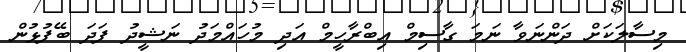
މިސާލަކަށް ދަންނަވާ ނަމަ ގާސިމް އިބްރާހީމް އަދި މުހައްމަދު ނަޝީދު ފަދަ ބޭފުޅުން